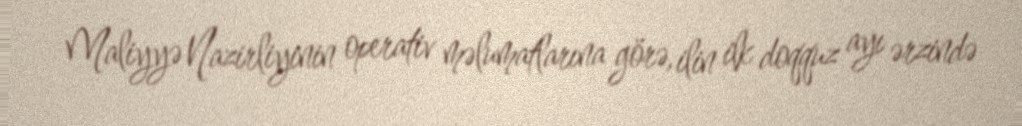
Maliyyə Nazirliyinin operativ məlumatlarına görə, ilin ilk doqquz ayı ərzində